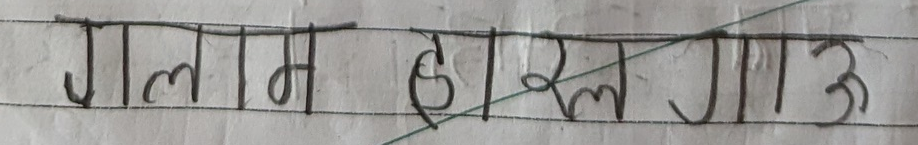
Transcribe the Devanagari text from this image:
गला म हाल गाउ